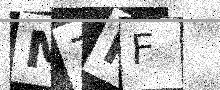
Text: M7PF